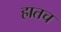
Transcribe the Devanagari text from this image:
हातच